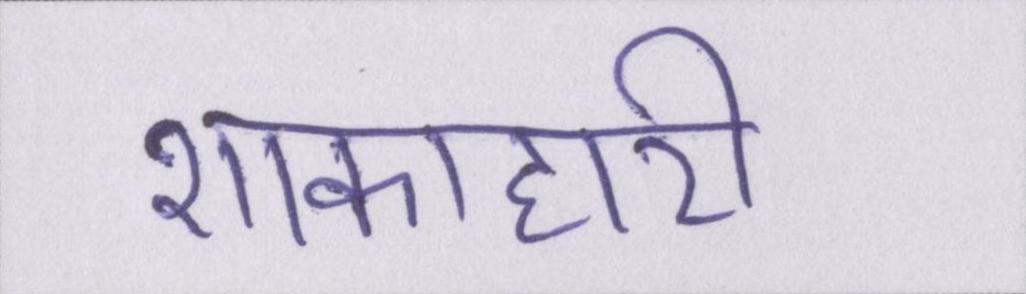
शाकाहारी